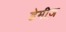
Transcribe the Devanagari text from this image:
डेमीज़